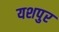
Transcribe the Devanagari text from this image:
यशपुर